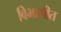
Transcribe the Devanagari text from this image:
विभागीत